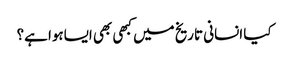
کیا انسانی تاریخ میں کبھی بھی ایساہوا ہے؟